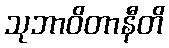
သုဘာဝိတာနီတိ